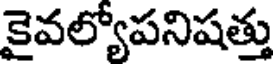
కైవల్యోపనిషత్తు